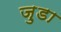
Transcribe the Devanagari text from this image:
जु़डा